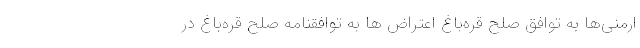
ارمنی‌ها به توافق صلح قره‌باغ اعتراض ها به توافقنامه صلح قره‌باغ در